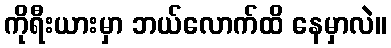
ကိုရီးယားမှာ ဘယ်လောက်ထိ နေမှာလဲ။